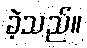
ခဲ့သည်။